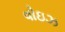
વોઇઝ